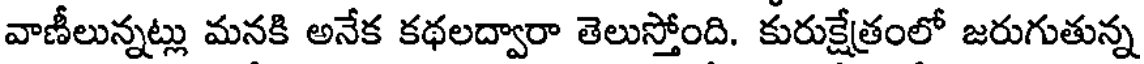
వాణీలున్నట్లు మనకి అనేక కథలద్వారా తెలుస్తోంది. కురుక్షేత్రంలో జరుగుతున్న